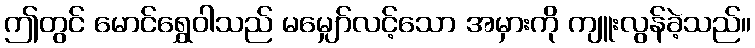
ဤတွင် မောင်ရွှေဝါသည် မမျှော်လင့်သော အမှားကို ကျူးလွန်ခဲ့သည်။